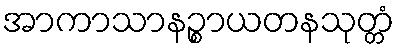
အာကာသာနဉ္စာယတနသုတ္တံ